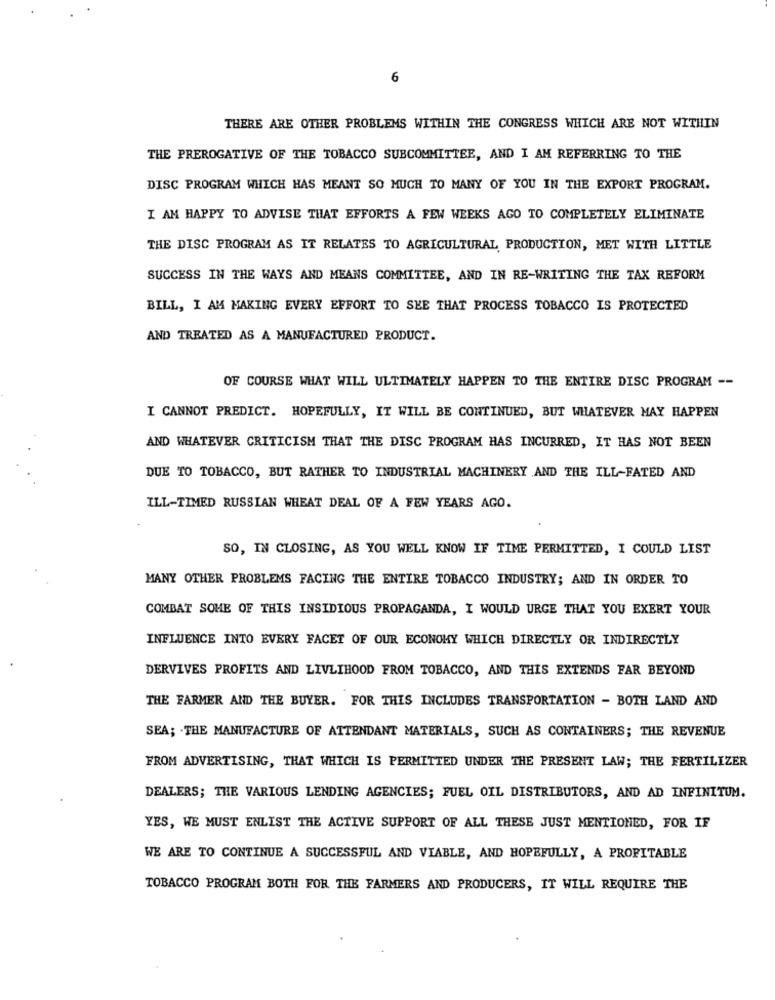
6
THERE ARE OTHER PROBLEMS WITHIN THE CONGRESS WHICH ARE NOT WITHIN
THE PREROGATIVE OF THE TOBACCO SUBCOMMITTEE, AND I AM REFERRING TO THE
DISC PROGRAM WHICH HAS MEANT SO MUCH TO MANY OF YOU IN THE EXPORT PROGRAM.
I AM HAPPY TO ADVISE THAT EFFORTS A FEW WEEKS AGO TO COMPLETELY ELIMINATE
THE DISC PROGRAM AS IT RELATES TO AGRICULTURAL PRODUCTION, MET WITH LITTLE
SUCCESS IN THE WAYS AND MEANS COMMITTEE, AND IN RE-WRITING THE TAX REFORM
BILL, I AM MAKING EVERY EFFORT TO SEE THAT PROCESS TOBACCO IS PROTECTED
AND TREATED AS A MANUFACTURED PRODUCT.
OF COURSE WHAT WILL ULTIMATELY HAPPEN TO THE ENTIRE DISC PROGRAM --
I CANNOT PREDICT. HOPEFULLY, IT WILL BE CONTINUED, BUT WHATEVER MAY HAPPEN
AND WHATEVER CRITICISM THAT THE DISC PROGRAM HAS INCURRED, IT HAS NOT BEEN
DUE TO TOBACCO, BUT RATHER TO INDUSTRIAL MACHINERY AND THE ILL-FATED AND
ILL-TIMED RUSSIAN WHEAT DEAL OF A FEW YEARS AGO.
SO, IN CLOSING, AS YOU WELL KNOW IF TIME PERMITTED, I COULD LIST
MANY OTHER PROBLEMS FACING THE ENTIRE TOBACCO INDUSTRY; AND IN ORDER TO
COMBAT SOME OF THIS INSIDIOUS PROPAGANDA, I WOULD URGE THAT YOU EXERT YOUR
INFLUENCE INTO EVERY FACET OF OUR ECONOMY WHICH DIRECTLY OR INDIRECTLY
DERVIVES PROFITS AND LIVLIHOOD FROM TOBACCO, AND THIS EXTENDS FAR BEYOND
THE FARMER AND THE BUYER. FOR THIS INCLUDES TRANSPORTATION - BOTH LAND AND
SEA; . THE MANUFACTURE OF ATTENDANT MATERIALS, SUCH AS CONTAINERS; THE REVENUE
FROM ADVERTISING, THAT WHICH IS PERMITTED UNDER THE PRESENT LAW; THE FERTILIZER
DEALERS; THE VARIOUS LENDING AGENCIES; FUEL OIL DISTRIBUTORS, AND AD INFINITUM.
YES, WE MUST ENLIST THE ACTIVE SUPPORT OF ALL THESE JUST MENTIONED, FOR IF
WE ARE TO CONTINUE A SUCCESSFUL AND VIABLE, AND HOPEFULLY, A PROFITABLE
TOBACCO PROGRAM BOTH FOR THE FARMERS AND PRODUCERS, IT WILL REQUIRE THE